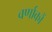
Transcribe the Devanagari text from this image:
वर्णाकों